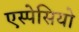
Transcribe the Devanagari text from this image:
एस्पेसियो